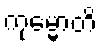
ကုမ္မောတိ